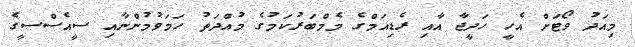
މިއަދު ވޯޓަށް އެހީ ހަދީޖާ އާއި ރެޑިއަމްގެ މެމްބަރުކަމުގެ މުއްދަތު ހަމަވުމުންނާއި ސީއެސްސީގެ